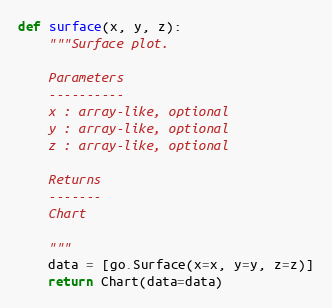
Language: Python
def surface(x, y, z):
    """Surface plot.

    Parameters
    ----------
    x : array-like, optional
    y : array-like, optional
    z : array-like, optional

    Returns
    -------
    Chart

    """
    data = [go.Surface(x=x, y=y, z=z)]
    return Chart(data=data)